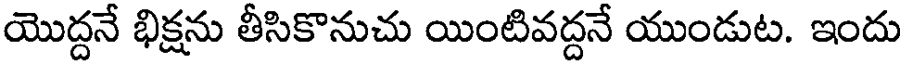
యొద్దనే భిక్షను తీసికొనుచు యింటివద్దనే యుండుట. ఇందు